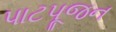
પાટપૂજન